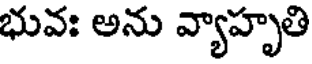
భువః అను వ్యాహృతి